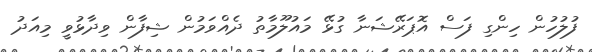
ފުލުހުން ހިންގި ފަސް އޮޕަރޭޝަނާ ގުޅޭ މައުލޫމާތު ދެއްވަމުން ޝިފާން ވިދާޅުވީ މިއަދު